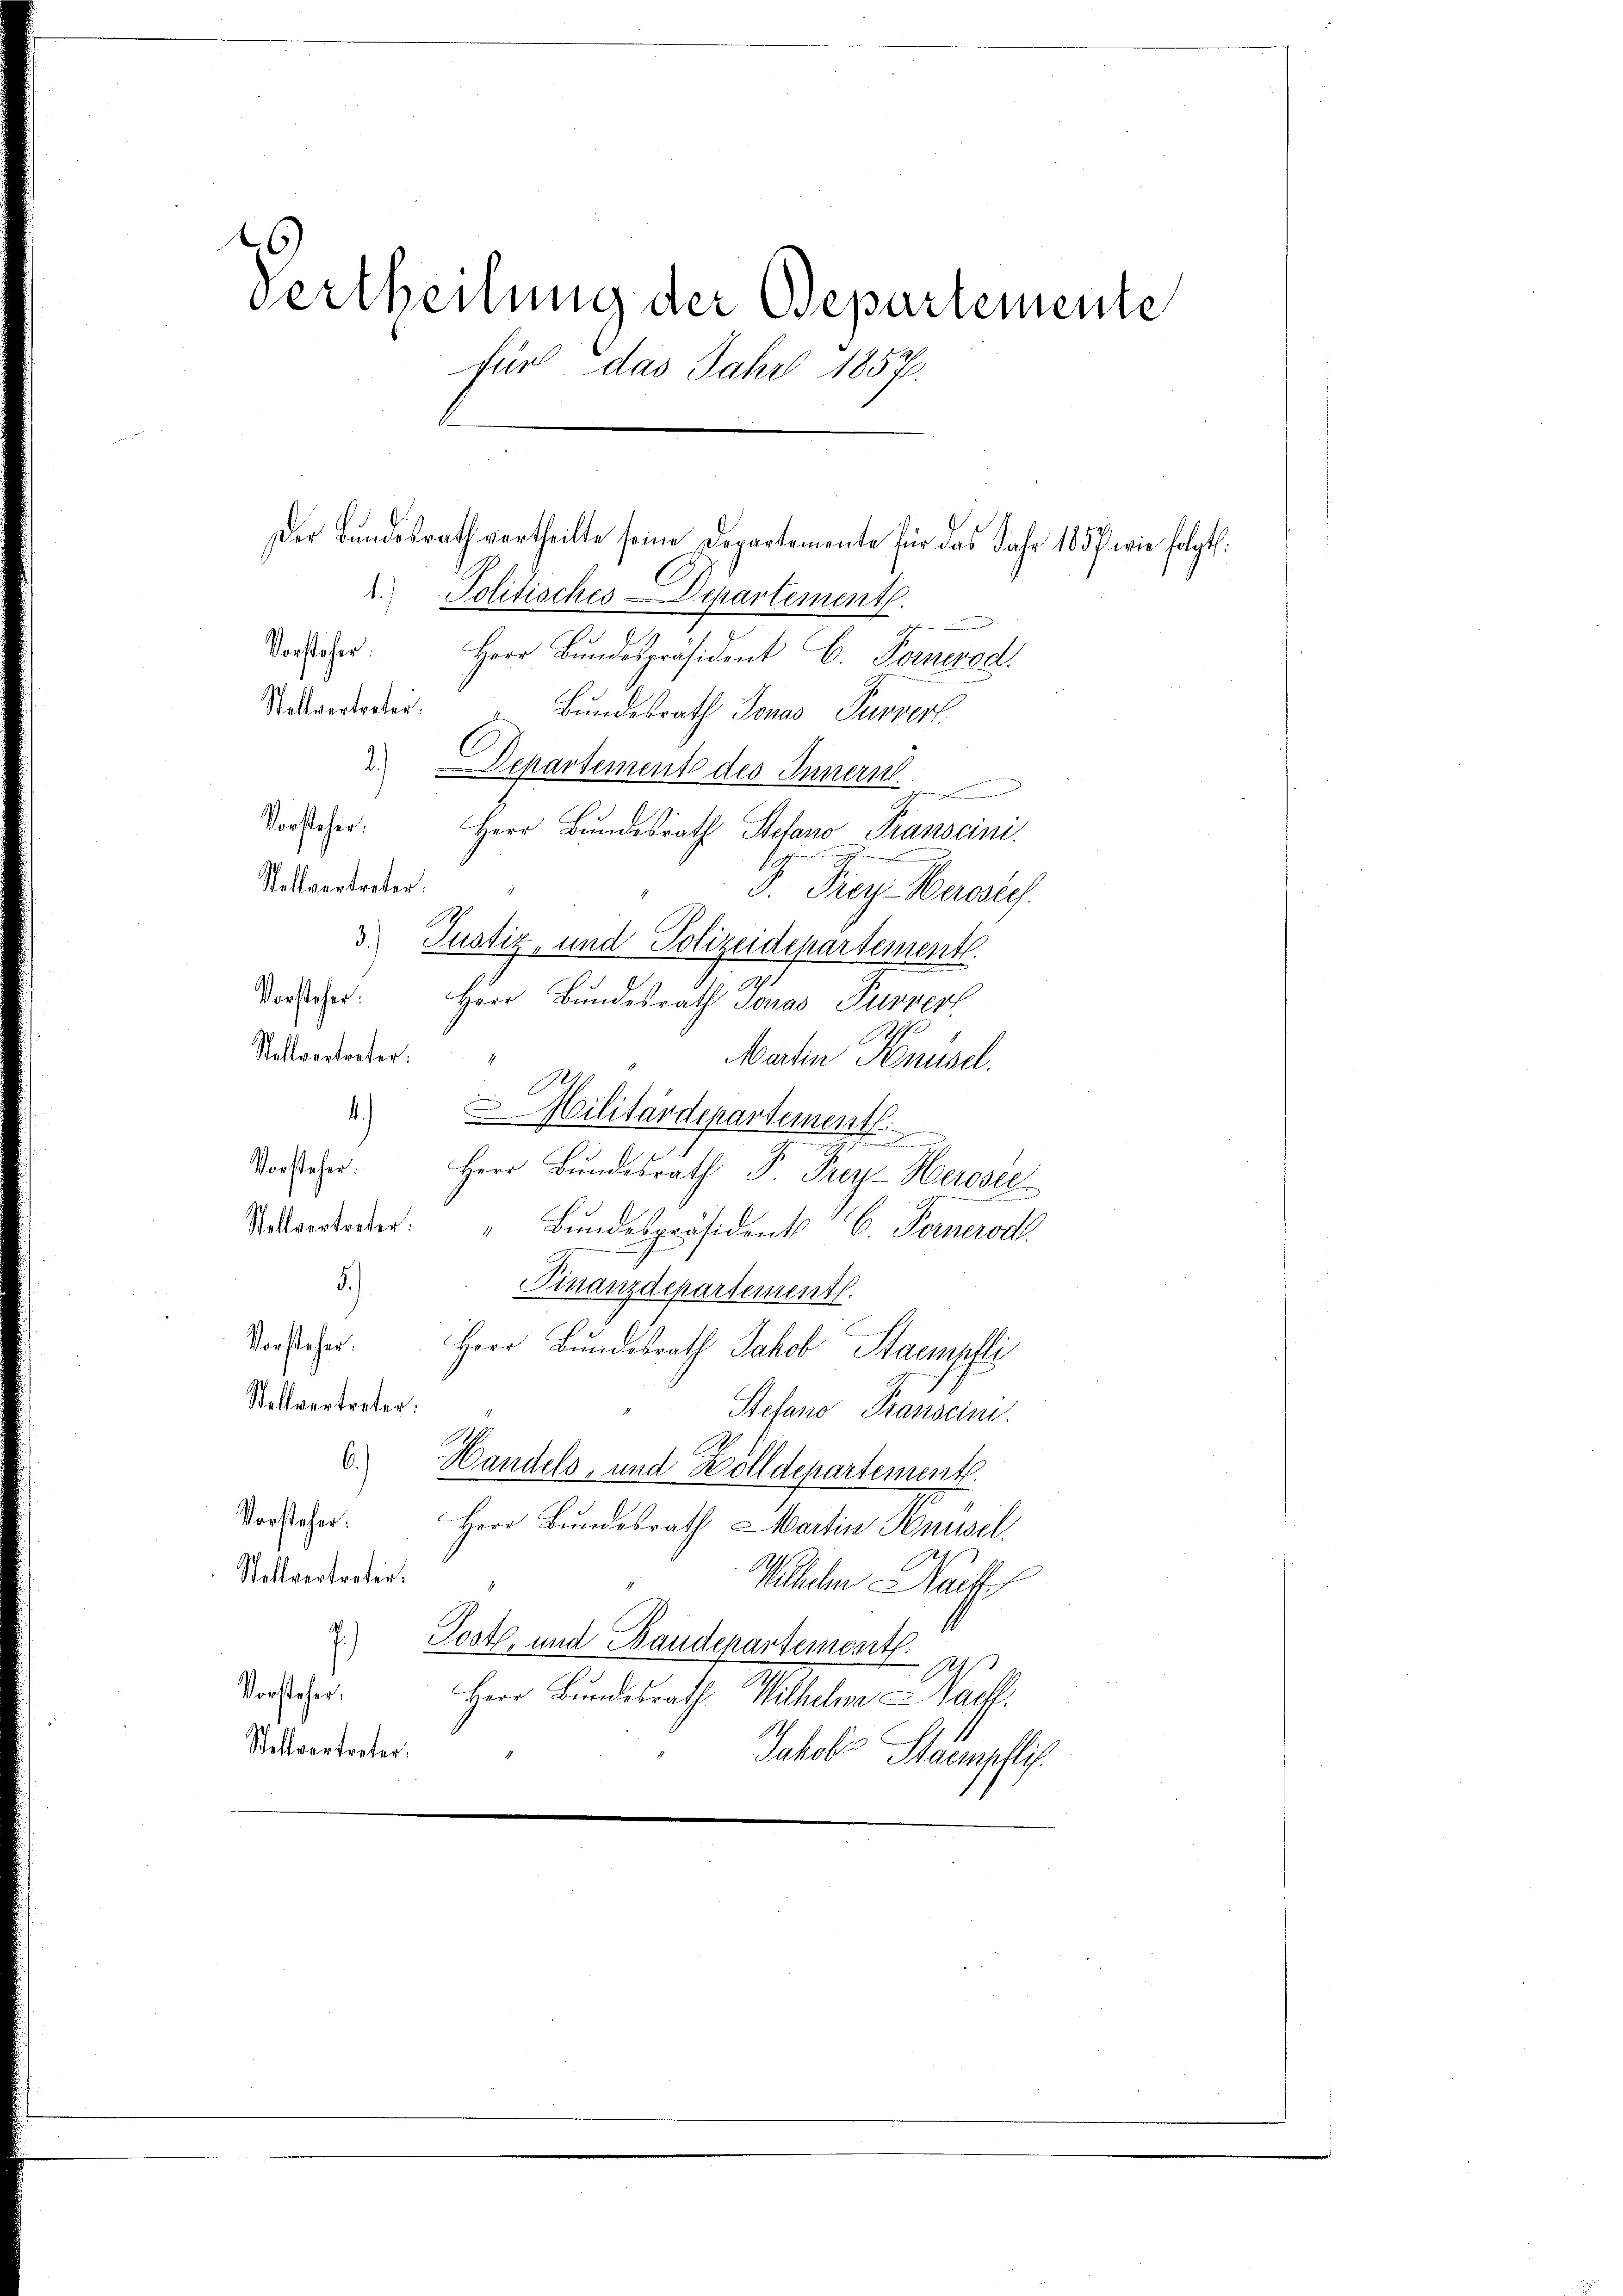
Vertheilung der Departemente
für, das Jahr 1857

. Politisches-Departement.
Vorsteher
Herr Bŭndespräsident C. Fernered
Stellvertreter.
Bundesrath Jonas Furvert
Departement des Innern
Vorsteher: Herr Bŭndesrath Stefano Prasscini.
Stellvertreten.
J. Trag. Parag
A
3. Justiz- und Polizeidepartement
Vorscher: Herr Bundesrath Jonas Purnest
Stellvertreter:
Marten Knusd.
 & Militärdepartementl.
Vorsteher:
Herr Bŭndesrath P. Frey-Herosec
Satvertreter: " Bŭndespräsident C. Fernerod
5.)
Finanzdepartementl.
Vorsteher. Herr Bundesrath Jakob Stampfli
Stellvertreter:
Stefano Transcini.
u Handels, und Zolldepartement.
Vorstehe. Herr Bŭndesrath Martin Knüsel
Stellvertreter.
Wilehen Nacht
 Post- und Baudepartemont.
Vorsteher. Herr Bundesrath Wilhelm Nack
Stellvertreter:
Jakob Stampflic

Der Bundesrath vertheilte seine Departemente für das Jahr 1857 wie folgt: